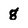
Character: g